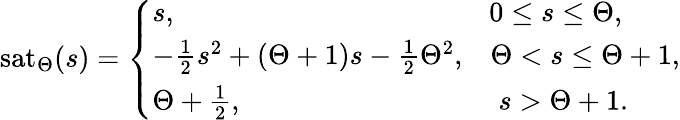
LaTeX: \mathrm{sat}_{\Theta}(s)=\left\{ \begin{array}{ll}{s,\qquad\qquad\qquad\qquad\qquad\quad 0\leq s\leq{\Theta},}\\ {-\frac{1}{2}s^{2}+({\Theta}+1)s-\frac{1}{2}{\Theta}^{2},\; \; \; {\Theta}<s\leq{\Theta}+1,}\\ {{\Theta}+\frac{1}{2},\qquad\qquad\qquad\qquad\quad s>{\Theta}+1.}\end{array}\right.